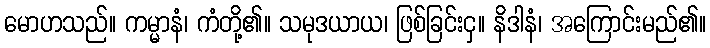
မောဟသည်။ ကမ္မာနံ၊ ကံတို့၏။ သမုဒယာယ၊ ဖြစ်ခြင်းငှ။ နိဒါနံ၊ အကြောင်းမည်၏။